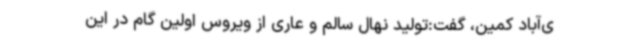
ی‌آباد کمین، گفت:تولید نهال سالم و عاری از ویروس اولین گام در این